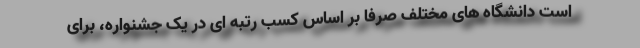
است دانشگاه های مختلف صرفا بر اساس کسب رتبه ای در یک جشنواره، برای